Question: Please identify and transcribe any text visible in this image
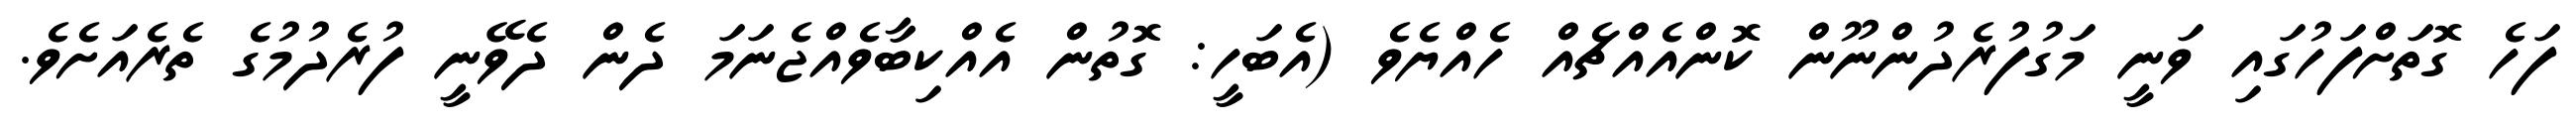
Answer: ފަހެ ގޮތަށްފަހުގައި ވަނީ މަގުފުރެދުންނޫން ކޮންއެއްޗެއް ހެއްޔެވެ (އެބަހީ: ގޮތުން އެއްކިބާވެއްޖެނަމަ ދެން ދެވޭނީ ފުރެދުމުގެ ތެރެއަށެވެ.